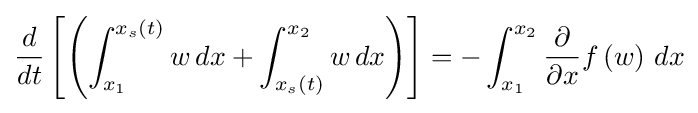
{\frac {d}{dt}}\left[\left(\int _{x_{1}}^{x_{s}(t)}w\,dx+\int _{x_{s}(t)}^{x_{2}}w\,dx\right)\right]=-\int _{x_{1}}^{x_{2}}{\frac {\partial }{\partial x}}f\left(w\right)\,dx